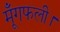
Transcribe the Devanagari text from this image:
मूँगफली।